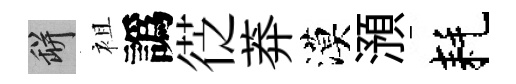
瓶袓譌徔莽漠澦耗